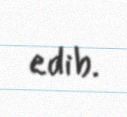
edib.